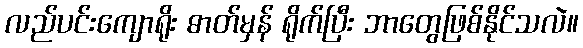
လည်ပင်းကျောရိုး ဓာတ်မှန် ရိုက်ပြီး ဘာတွေဖြစ်နိုင်သလဲ။